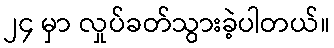
၂၄ မှာ လှုပ်ခတ်သွားခဲ့ပါတယ်။